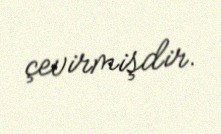
çevirmişdir.